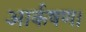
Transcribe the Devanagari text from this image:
आर्कषण।